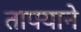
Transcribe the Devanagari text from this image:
ताफ्याने